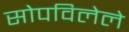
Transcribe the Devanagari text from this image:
सोपविलेले